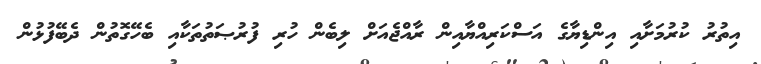
އިތުރު ކުރުމަށާއި އިންޑިޔާގެ އަސްކަރިއްޔާއިން ރާއްޖެއަށް ލިބެން ހުރި ފުރުޞަތުތަކާއި ބެހޭގޮތުން ދެބޭފުޅުން